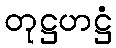
တုဋ္ဌဟဋ္ဌံ